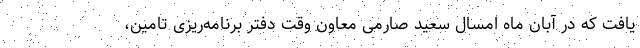
یافت که در آبان ماه امسال سعید صارمی معاون وقت دفتر برنامه‌ریزی تامین،